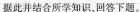
据此并结合所学知识，回答下题。